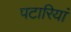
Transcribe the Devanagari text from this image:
पटारियां